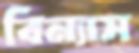
বিন্যাস